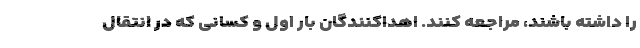
را داشته باشند، مراجعه کنند. اهداکنندگان بار اول و کسانی که در انتقال